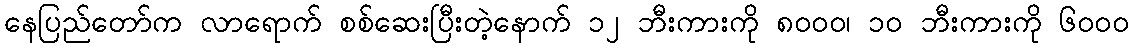
နေပြည်တော်က လာရောက် စစ်ဆေးပြီးတဲ့နောက် ၁၂ ဘီးကားကို ၈၀၀၀၊ ၁၀ ဘီးကားကို ၆၀၀၀